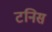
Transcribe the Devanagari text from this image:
टनिस